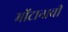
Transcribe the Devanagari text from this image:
मोंटानाची